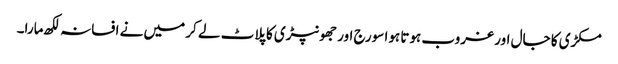
مکڑی کا جال اور غروب ہوتا ہوا سورج اور جھونپڑی کا پلاٹ لے کر میں نے افسانہ لکھ مارا۔